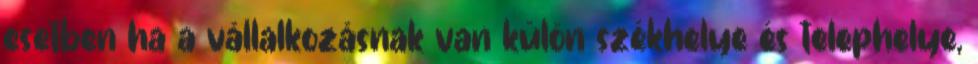
esetben ha a vállalkozásnak van külön székhelye és telephelye,